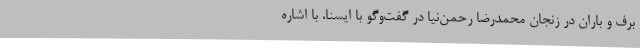
برف و باران در زنجان محمدرضا رحمن‌نیا در گفت‌وگو با ایسنا، با اشاره